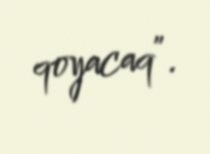
qoyacaq”.